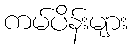
ကမ်ပိန်းများ